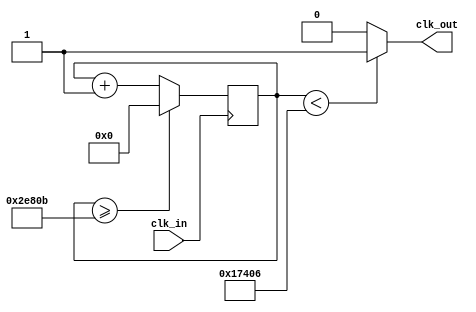
`timescale 1ns / 1ps
module clock_d(input clk_in, output clk_out
    );
reg [28:0] count = 28'd0;
parameter frecuencia = 525 ; 
parameter div = 28'd100000000/frecuencia;

always @(posedge clk_in)
begin
count <= count + 28'd1;
		
		if (count >= (div -1))
			count <= 28'd0;
end

assign clk_out = (count < div/2) ? 1'b1 : 1'b0;

endmodule